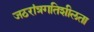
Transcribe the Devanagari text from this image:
जठरांत्रगतिशीलता